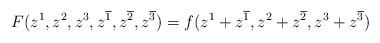
LaTeX: \begin{align*} F(z^1,z^2,z^3,z^{\overline{1}},z^{\overline{2}},z^{\overline{3}})=f(z^1+z^{\overline{1}},z^2+z^{\overline{2}},z^3+z^{\overline{3}})\end{align*}